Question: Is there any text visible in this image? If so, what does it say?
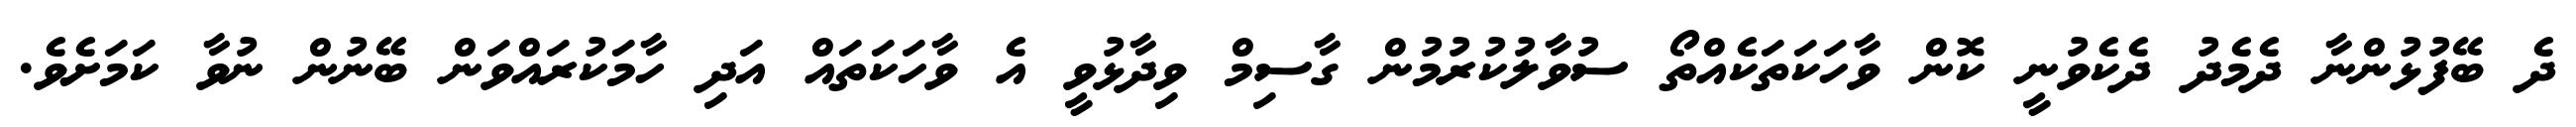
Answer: ދެ ބޭފުޅުންނާ ދެމެދު ދެކެވުނީ ކޮން ވާހަކަތަކެއްތޯ ސުވާލުކުރުމުން ގާސިމް ވިދާޅުވީ އެ ވާހަކަތައް އަދި ހާމަކުރައްވަން ބޭނުން ނުވާ ކަމަށެވެ.